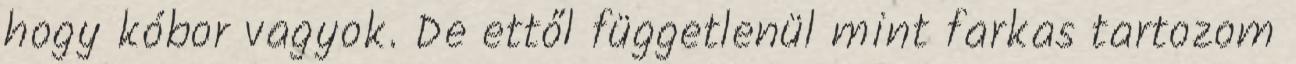
hogy kóbor vagyok. De ettől függetlenül mint farkas tartozom